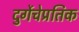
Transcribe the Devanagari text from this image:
दुर्गेचेप्रतिक